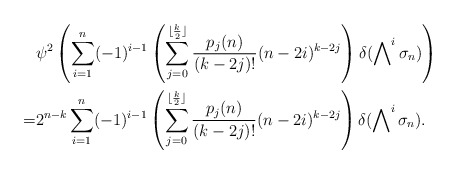
\begin{align*}&\psi^2\left(\sum_{i=1}^n (-1)^{i-1}\left(\sum_{j=0}^{\lfloor\frac{k}{2}\rfloor}\frac{p_j(n)}{(k-2j)!}(n-2i)^{k-2j}\right)\delta(\bigwedge\nolimits^i\sigma_n)\right)\\=& 2^{n-k} \sum_{i=1}^n (-1)^{i-1}\left(\sum_{j=0}^{\lfloor\frac{k}{2}\rfloor}\frac{p_j(n)}{(k-2j)!}(n-2i)^{k-2j}\right)\delta(\bigwedge\nolimits^i\sigma_n).\end{align*}